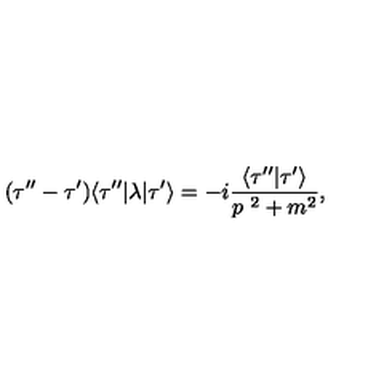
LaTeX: ( \tau ^ { \prime \prime } - \tau ^ { \prime } ) \langle \tau ^ { \prime \prime } | \lambda | \tau ^ { \prime } \rangle = - i { \frac { \langle \tau ^ { \prime \prime } | \tau ^ { \prime } \rangle } { p ^ { \ 2 } + m ^ { 2 } } } ,